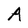
Character: A